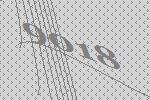
9018